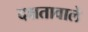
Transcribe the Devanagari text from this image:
दक्षतावाले